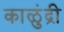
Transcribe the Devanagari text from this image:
काळुंद्री